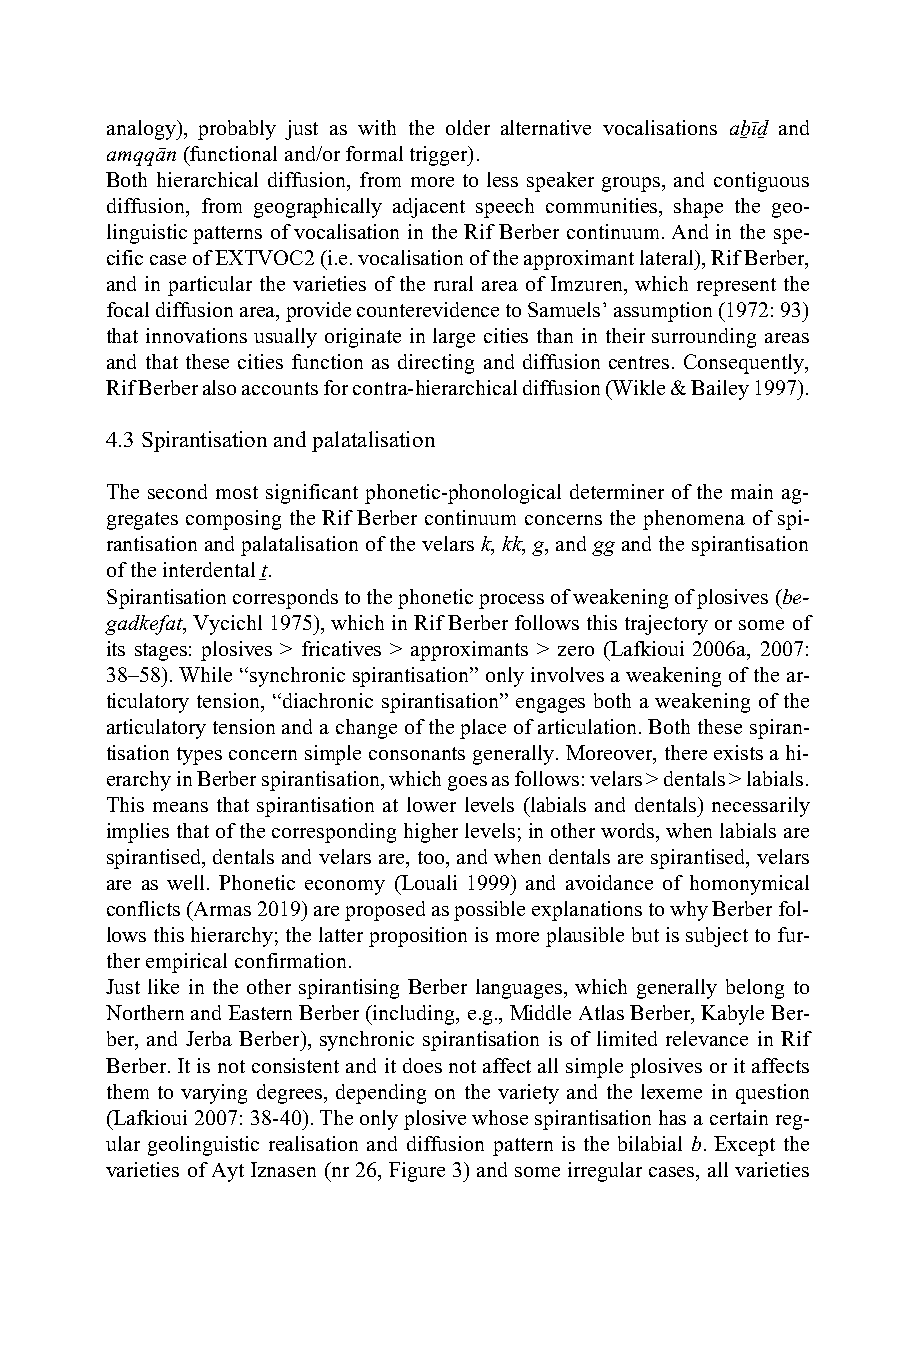
analogy), probably just as with the older alternative vocalisations aḇīḏ and
 amqqān (functional and/or formal trigger).
 Both hierarchical diffusion, from more to less speaker groups, and contiguous
 diffusion, from geographically adjacent speech communities, shape the geo-
 linguistic patterns of vocalisation in the Rif Berber continuum. And in the spe-
 cific case of EXTVOC2 (i.e. vocalisation of the approximant lateral), Rif Berber,
 and in particular the varieties of the rural area of Imzuren, which represent the
 focal diffusion area, provide counterevidence to Samuels’ assumption (1972: 93)
 that innovations usually originate in large cities than in their surrounding areas
 and that these cities function as directing and diffusion centres. Consequently,
 Rif Berber also accounts for contra-hierarchical diffusion (Wikle & Bailey 1997).
 4.3 Spirantisation and palatalisation
 The second most significant phonetic-phonological determiner of the main ag-
 gregates composing the Rif Berber continuum concerns the phenomena of spi-
 rantisation and palatalisation of the velars k, kk, g, and gg and the spirantisation
 of the interdental ṯ.
 Spirantisation corresponds to the phonetic process of weakening of plosives (be-
 gadkefat, Vycichl 1975), which in Rif Berber follows this trajectory or some of
 its stages: plosives > fricatives > approximants > zero (Lafkioui 2006a, 2007:
 38–58). While “synchronic spirantisation” only involves a weakening of the ar-
 ticulatory tension, “diachronic spirantisation” engages both a weakening of the
 articulatory tension and a change of the place of articulation. Both these spiran-
 tisation types concern simple consonants generally. Moreover, there exists a hi-
 erarchy in Berber spirantisation, which goes as follows: velars > dentals > labials.
 This means that spirantisation at lower levels (labials and dentals) necessarily
 implies that of the corresponding higher levels; in other words, when labials are
 spirantised, dentals and velars are, too, and when dentals are spirantised, velars
 are as well. Phonetic economy (Louali 1999) and avoidance of homonymical
 conflicts (Armas 2019) are proposed as possible explanations to why Berber fol-
 lows this hierarchy; the latter proposition is more plausible but is subject to fur-
 ther empirical confirmation.
 Just like in the other spirantising Berber languages, which generally belong to
 Northern and Eastern Berber (including, e.g., Middle Atlas Berber, Kabyle Ber-
 ber, and Jerba Berber), synchronic spirantisation is of limited relevance in Rif
 Berber. It is not consistent and it does not affect all simple plosives or it affects
 them to varying degrees, depending on the variety and the lexeme in question
 (Lafkioui 2007: 38-40). The only plosive whose spirantisation has a certain reg-
 ular geolinguistic realisation and diffusion pattern is the bilabial b. Except the
 varieties of Ayt Iznasen (nr 26, Figure 3) and some irregular cases, all varieties